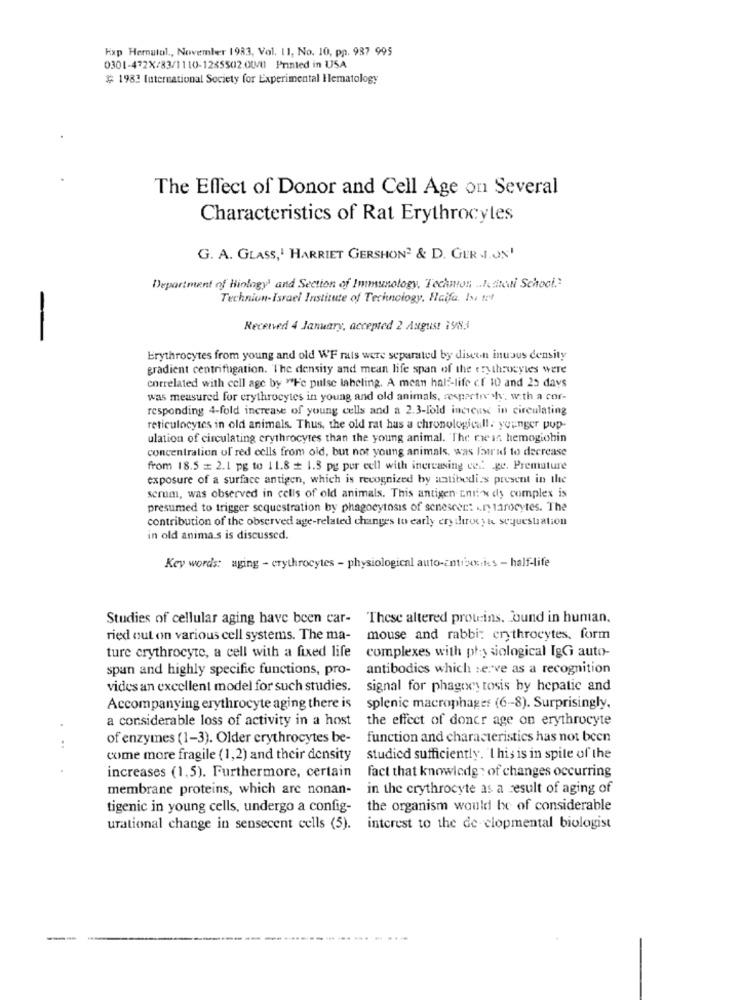
Hap Hernatol ., November 1933, Vol. 11, No. 10, pp. 987 995
0301-472X/83/1110-1265502.00/0) Printed in USA
$ 1983 International Society for Experimental Elematology
The Effect of Donor and Cell Age on Several
Characteristics of Rat Erythrocyles
G. A. GLASS,1 HARRIET GERSHON2 & D. GERJ.ON'
Department of biology' and Section of Immunology, Technon .. 1.thedi School."
-
Technion-Israel Institute of Technology, Haifa. Is !!!
Received 4 January, accepted 2 August 1983
Erythrocytes from young and old WF rats were separated by discen inuous density
gradient centrifugation. The density and mean life span of the erythrocytes were
correlated with cell age by "Fe pulse labeling. A mean half-life cf 10 and 25 days
was measured for erythrocytes in young and old animals, respecto shy. with a cor-
responding 4-fold increase of young cells and a 2.3-fold increase in circulating
reticulocytes in old animals. Thus, the old rat has a chronologicall. younger pup-
ulation of circulating erythrocytes than the young animal. The rwe in hemoglobin
concentration of red cells from old, but not young animals, was laurid to decrease
from 18.5 = 2.1 pg to 11.8 # 1.3 pg per cell with increasing cel ge. Premature
exposure of a surface antigen, which is recognized by antibodies present in the
scrum, was observed in cells of old animals. This antigen anis-x dy complex is
presumed to trigger sequestration by phagocytosis of senescent .. ry tarocytes. The
contribution of the observed age-related changes to early erythrocyte sequestration
in old animas is discussed.
Key words: aging - erythrocytes - physiological auto-antux:ics - half-life
Studies of cellular aging have been car- These altered proteins, Jound in human.
ried out on various cell systems. The ma-
mouse and rabbi: erythrocytes, form
ture erythrocyte, a cell with a fixed life
complexes with physiological IgG auto-
spun and highly specific functions, pro-
antibodies which serve as a recognition
vides an excellent model for such studies.
signal for phagocytosis by hepatic and
Accompanying erythrocyte aging there is
splenic macrophages (6-8). Surprisingly.
a considerable loss of activity in a host
the effect of doncr age on erythrocyte
of enzymes (1-3). Older erythrocytes be-
function and characteristics has not been
come more fragile (1,2) and their density
studied sufficiently. 'I his is in spite of the
increases (1,5). Furthermore, certain
fact that knowledg : of changes occurring
membrane proteins, which are nonan-
in the crythrocyte as a result of aging of
tigenic in young cells, undergo a config-
the organism would be of considerable
urational change in sensecent cells (5). interest to the de clopmental biologist